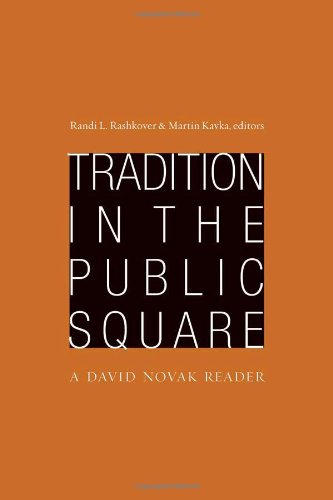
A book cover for Tradition in the Public Square: A David Novak Reader (Radical Traditions); Religion & Spirituality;